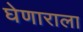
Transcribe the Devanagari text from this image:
घेणाराला